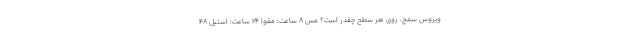
ویروس سمج، روی هر سطح چقدر است؟ مس 8 ساعت؛ مقوا 24 ساعت؛ استیل 48